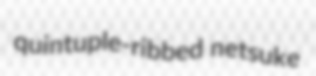
quintuple-ribbed netsuke